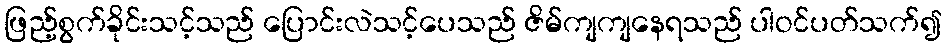
ဖြည့်စွက်ခိုင်းသင့်သည် ပြောင်းလဲသင့်ပေသည် ဇိမ်ကျကျနေရသည် ပါဝင်ပတ်သက်၍